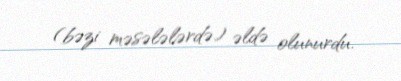
(bəzi məsələlərdə) əldə olunurdu.